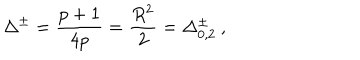
\Delta ^ { \pm } = \frac { p + 1 } { 4 p } = \frac { R ^ { 2 } } { 2 } = \Delta _ { 0 , 2 } ^ { \pm } \: ,